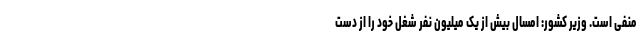
منفی است. وزیر کشور: امسال بیش از یک میلیون نفر شغل خود را از دست